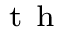
^ { \mathrm { ~ t ~ h ~ } }